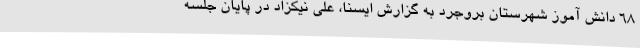
68 دانش آموز شهرستان بروجرد به گزارش ایسنا، علی نیکزاد در پایان جلسه